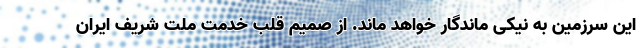
این سرزمین به نیکی ماندگار خواهد ماند. از صمیم قلب خدمت ملت شریف ایران